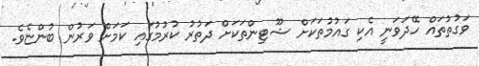
ވަގުތުތައް ހޭދަވަނީ އެކި ގައުމުތަކަށް ޝޫޓިންތަކަށް ދަތުރު ކުރުމުގައި ކަމަށް ވަރުން ބުންޏެވެ.